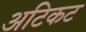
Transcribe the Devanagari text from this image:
अटिकट